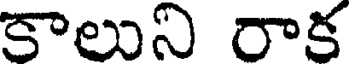
కాలుని రాక